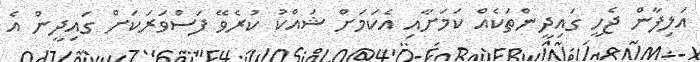
އަލިފާން ޖެހީ ގައިދީންތަކެއް ކަމަށާއި އެކަމަށް ޝައްކު ކުރެވޭ ފަސްވަރަކަށް ގައިދީން އެ